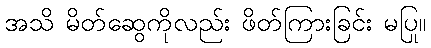
အသိ မိတ်ဆွေကိုလည်း ဖိတ်ကြားခြင်း မပြု။